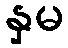
နှမ